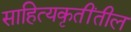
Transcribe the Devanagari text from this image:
साहित्यकृतींतील